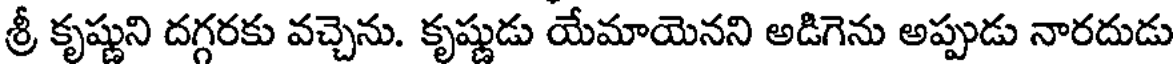
శ్రీ కృష్ణుని దగ్గరకు వచ్చెను. కృష్ణుడు యేమాయెనని అడిగెను అప్పుడు నారదుడు